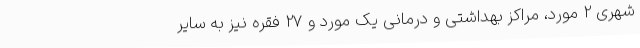
شهری 2 مورد، مراکز بهداشتی و درمانی یک مورد و 27 فقره نیز به سایر